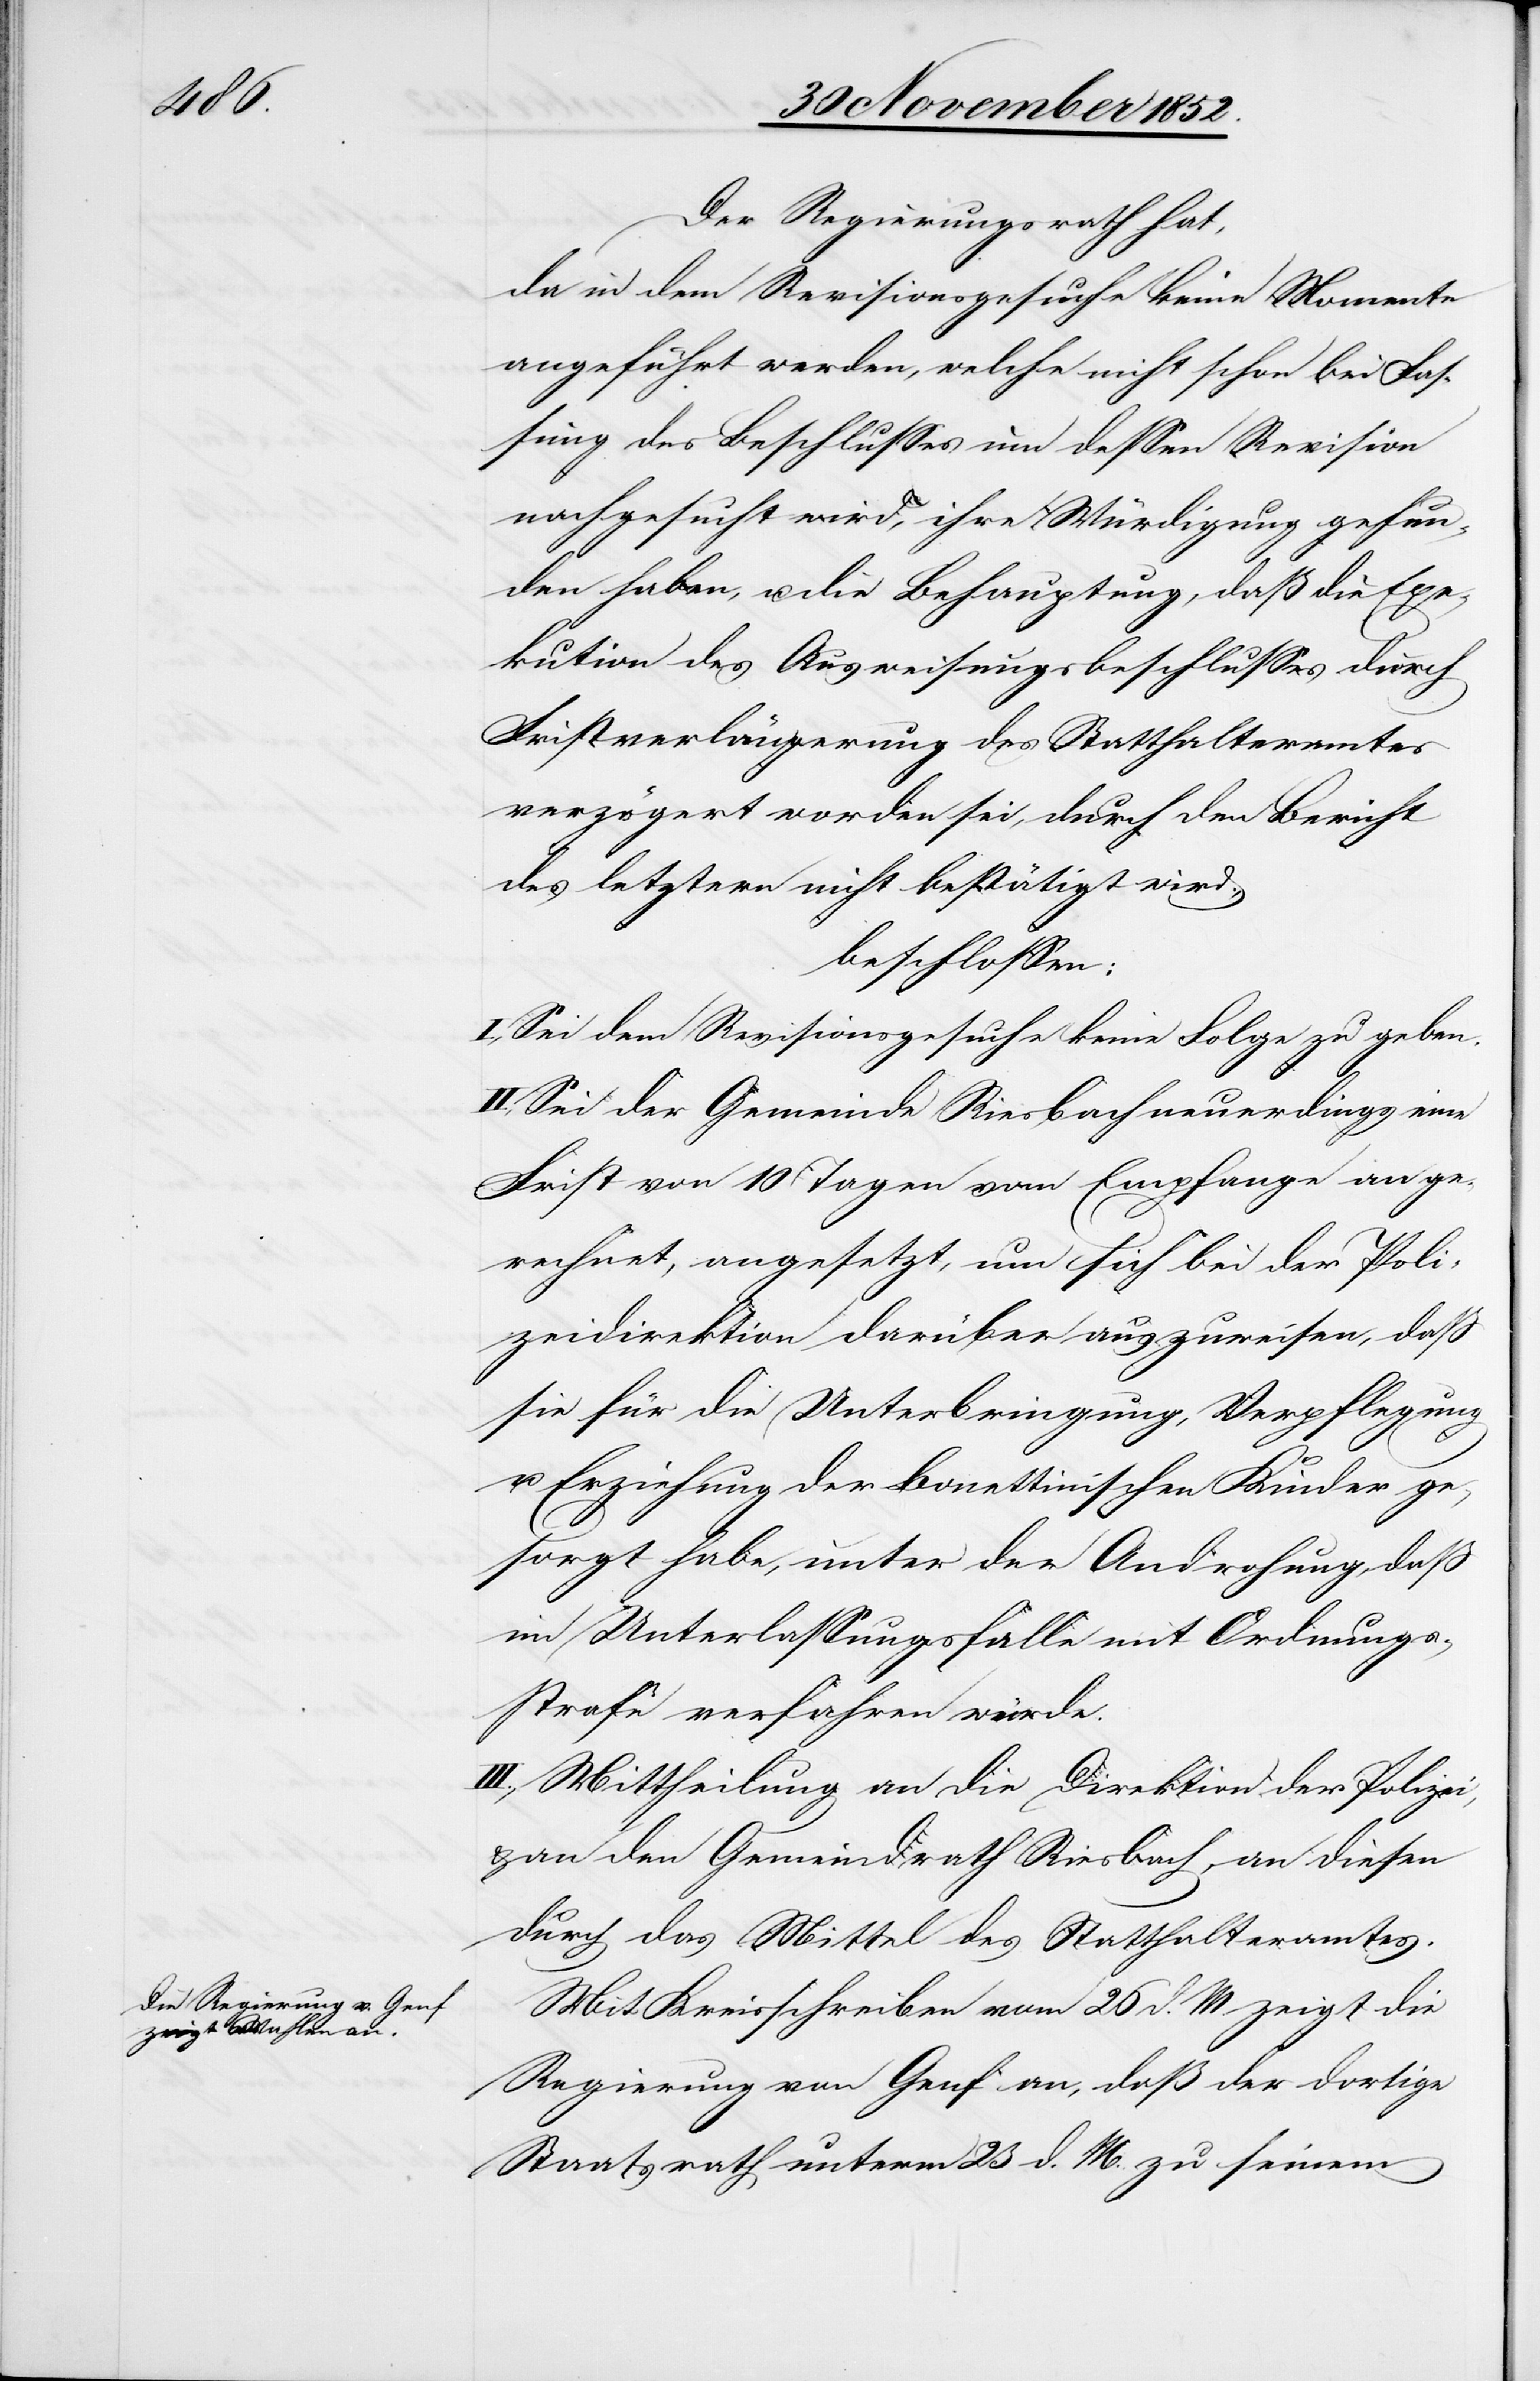
Der Regierungsrath hat,
da in dem Revisionsgesuche keine Momente
angeführt werden, welche nicht schon bei Fas¬
sung des Beschlusses um dessen Revision
nachgesucht wird, ihre Würdigung gefun¬
den haben, u. die Behauptung, daß die Exe¬
kution des Ausweisungsbeschlusses durch
Fristverlängerung des Statthalteramtes
verzögert worden sei, durch den Bericht
des letztern nicht bestätigt wird,
beschlossen:
I., Sei dem Revisionsgesuche keine Folge zu geben.
II., Sei der Gemeinde Riesbach neuerdings eine
Frist von 10 Tagen vom Empfange an ge¬
rechnet, angesetzt, um sich bei der Poli¬
zeidirektion darüber auszuweisen, daß
sie für die Unterbringung, Verpflegung
u. Erziehung der Bonettinischen Kinder ge¬
sorgt habe, unter der Androhung, daß
im Unterlassungsfalle mit Ordnungs¬
strafe verfahren würde.
III., Mittheilung an die Direktion der Polizei,
& an den Gemeindrath Riesbach, an diesen
durch das Mittel des Statthalteramtes.
Mit Kreisschreiben vom 26 d. M. zeigt die
Regierung von Genf an, daß der dortige
Staatsrath unterm 23 d. M. zu seinem